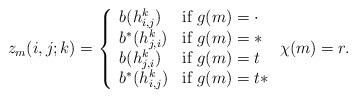
LaTeX: \begin{align*}z_m(i, j; k) = \left\{\begin{array}{ll}b(h^k_{i,j}) & \mbox{if } g(m) = \cdot \\b^*(h^k_{j,i}) & \mbox{if } g(m) = * \\b(h^k_{j,i}) & \mbox{if } g(m) = t \\b^*(h^k_{i,j}) & \mbox{if } g(m) = t*\end{array} \right. \chi(m) = r.\end{align*}